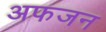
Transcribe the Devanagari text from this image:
अफजन